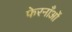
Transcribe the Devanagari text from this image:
फेरनाँओं